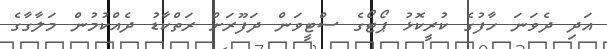
އަދި ދެވަނަ ހާފުގެ ކުރީކޮޅު ޕޯޓޯގެ ސްޓީވަން ދަފޫރަށް ރަތްކާޑު ދެއްކުމުން މަލާގާގެ